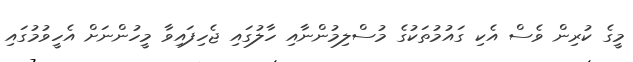
މީގެ ކުރިން ވެސް އެކި ގައުމުތަކުގެ މުސްލިމުންނާއި ހާލުގައި ޖެހިފައިވާ މީހުންނަށް އެހީވުމުގައި